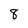
Character: 8